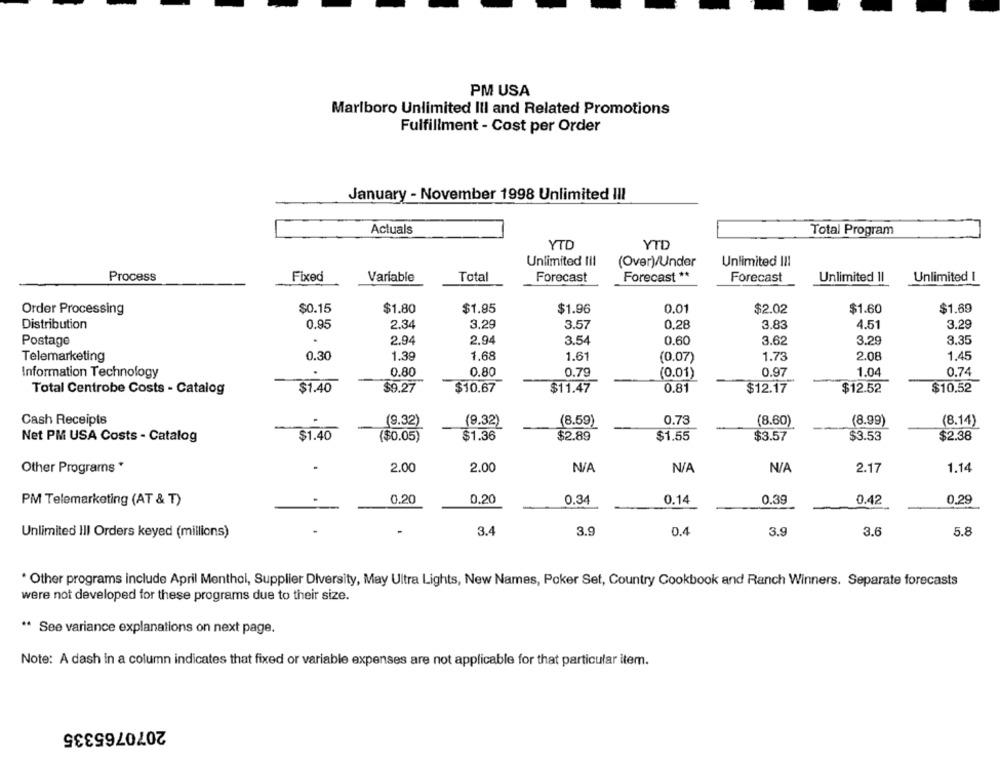
PM USA
Marlboro Unlimited Ill and Related Promotions
Fulfillment - Cost per Order
January - November 1998 Unlimited III
Actuals
Total Program
YTD
YTD
Unlimited Ill
(Over)/Under
Unlimited !!!
Process
Fixed
Variable
Total
Forecast
Forecast **
Forecast
Unlimited Il
Unlimited I
Order Processing
$0.15
$1.80
$1.95
$1.96
0.01
$2.02
$1.60
$1.69
Distribution
0.95
2.34
3.29
3.57
0.28
3.83
4.51
3.29
Postage
2.94
2.94
3.54
0.60
3.62
3.29
3.35
Telemarketing
0.30
1.39
1,68
1.61
1.73
2.08
1.45
(0.07)
Information Technology
0.80
0.80
0.79
(0.01)
0.97
1.04
0.74
$1.40
$9.27
$10.67
$11.47
0.81
$12.17
$12.52
$10.52
Total Centrobe Costs - Catalog
Cash Receipts
.
(9.32)
(9.32)
(8.59)
0.73
(8.60)
(8.99)
(8.14)
Net PM USA Costs - Catalog
$1.40
($0.05)
$1.36
$2.89
$1.55
$3.57
$3.53
$2.38
Other Programs *
2.00
2.00
2.17
1.14
PM Telemarketing (AT & T)
0.20
0.20
0.34
0.14
0.39
0.42
0.29
Unlimited III Orders keyed (millions)
3.4
3.9
D.4
3.9
3.6
5.8
* Other programs include April Menthol, Supplier Diversity, May Ultra Lights, New Names, Poker Set, Country Cookbook and Ranch Winners. Separate forecasts
were not developed for these programs due to their size.
** See variance explanations on next page.
Note: A dash in a column indicates that fixed or variable expenses are not applicable for that particular item.
2070765335